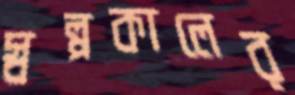
স্বল্পকালের